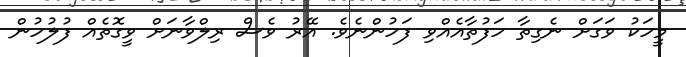
މީހަކު ވަގަށް ނެގިތާ ހަފުތާއެއްވި ފަހުންނެވެ. އޭރު ވެސް ރިލްވާނަށް ވީގޮތެއް ފުލުހުން